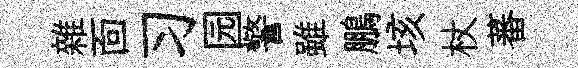
雜靣习园警雖鵬垓杖蕃